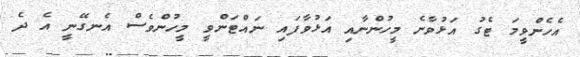
އެހެންވީމަ ޓެގު އަޅުވާނެ މީހުންނާއި އަޅުވާފައި ނައްޓަންވީ މީހުންވެސް އެނގޭނީ އެ ދެ